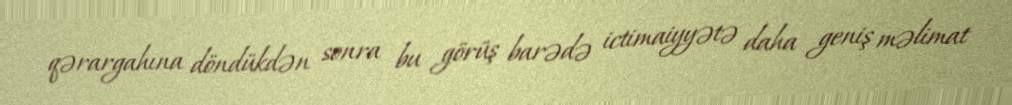
qərargahına döndükdən sonra bu görüş barədə ictimaiyyətə daha geniş məlimat